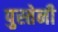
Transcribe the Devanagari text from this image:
पुस्‍तेनी